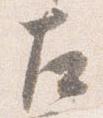
左